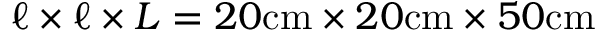
\ell \times \ell \times L = 2 0 \mathrm { c m } \times 2 0 \mathrm { c m } \times 5 0 \mathrm { c m }